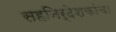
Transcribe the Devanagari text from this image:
सहनिर्देशकांचा